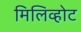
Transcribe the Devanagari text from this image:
मिलिव्होट